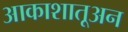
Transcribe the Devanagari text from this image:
आकाशातूअन